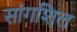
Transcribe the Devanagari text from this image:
सांगशिल